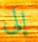
إلى